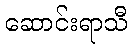
ဆောင်းရာသီ